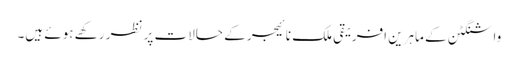
واشنگٹن کے ماہرین افریقی ملک نائیجر کے حالات پر نظر رکھے ہوئے ہیں۔